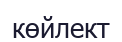
көйлект